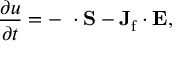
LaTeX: { \frac { \partial u } { \partial t } } = - \mathbf { \nabla } \cdot \mathbf { S } - \mathbf { J _ { \mathrm { f } } } \cdot \mathbf { E } ,